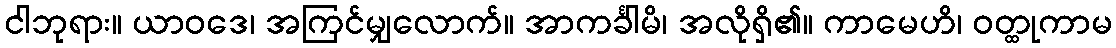
ငါဘုရား။ ယာဝဒေ၊ အကြင်မျှလောက်။ အာကင်္ခါမိ၊ အလိုရှိ၏။ ကာမေဟိ၊ ဝတ္ထုကာမ